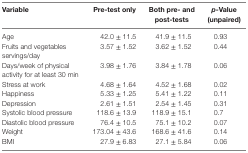
<table><thead><tr><td><b>Variable</b></td><td><b>Pre-test only</b></td><td><b>Both pre- and post-tests</b></td><td><b><i>p</i>-Value (unpaired)</b></td></tr></thead><tbody><tr><td>Age</td><td>42.0 ± 11.5</td><td>41.9 ± 11.5</td><td>0.93</td></tr><tr><td>Fruits and vegetables servings/day</td><td>3.57 ± 1.52</td><td>3.62 ± 1.52</td><td>0.44</td></tr><tr><td>Days/week of physical activity for at least 30 min</td><td>3.98 ± 1.76</td><td>3.84 ± 1.78</td><td>0.06</td></tr><tr><td>Stress at work</td><td>4.68 ± 1.64</td><td>4.52 ± 1.68</td><td>0.02</td></tr><tr><td>Happiness</td><td>5.33 ± 1.25</td><td>5.41 ± 1.22</td><td>0.11</td></tr><tr><td>Depression</td><td>2.61 ± 1.51</td><td>2.54 ± 1.45</td><td>0.31</td></tr><tr><td>Systolic blood pressure</td><td>118.6 ± 13.9</td><td>118.9 ± 15.1</td><td>0.7</td></tr><tr><td>Diastolic blood pressure</td><td>76.4 ± 10.5</td><td>75.1 ± 10.2</td><td>0.07</td></tr><tr><td>Weight</td><td>173.04 ± 43.6</td><td>168.6 ± 41.6</td><td>0.14</td></tr><tr><td>BMI</td><td>27.9 ± 6.83</td><td>27.1 ± 5.84</td><td>0.06</td></tr></tbody></table>